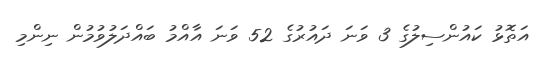
އަތޮޅު ކައުންސިލުގެ 3 ވަނަ ދައުރުގެ 52 ވަނަ އާއްމު ބައްދަލުވުމުން ނިންމި